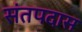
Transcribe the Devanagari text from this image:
संतपदास